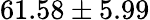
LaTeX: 61.58\pm 5.99